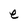
Character: e